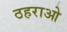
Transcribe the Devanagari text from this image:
ठहराओ